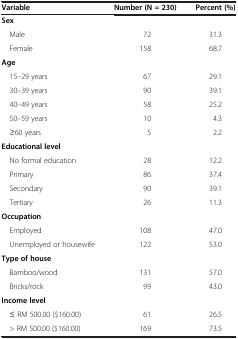
<table><thead><tr><td><b>Variable</b></td><td><b>Number (N = 230)</b></td><td><b>Percent (%)</b></td></tr></thead><tbody><tr><td><b>Sex</b></td><td></td><td></td></tr><tr><td> Male</td><td>72</td><td>31.3</td></tr><tr><td> Female</td><td>158</td><td>68.7</td></tr><tr><td><b>Age</b></td><td></td><td></td></tr><tr><td> 15–29 years</td><td>67</td><td>29.1</td></tr><tr><td> 30–39 years</td><td>90</td><td>39.1</td></tr><tr><td> 40–49 years</td><td>58</td><td>25.2</td></tr><tr><td> 50–59 years</td><td>10</td><td>4.3</td></tr><tr><td> ≥60 years</td><td>5</td><td>2.2</td></tr><tr><td><b>Educational level</b></td><td></td><td></td></tr><tr><td> No formal education</td><td>28</td><td>12.2</td></tr><tr><td> Primary</td><td>86</td><td>37.4</td></tr><tr><td> Secondary</td><td>90</td><td>39.1</td></tr><tr><td> Tertiary</td><td>26</td><td>11.3</td></tr><tr><td><b>Occupation</b></td><td></td><td></td></tr><tr><td> Employed</td><td>108</td><td>47.0</td></tr><tr><td> Unemployed or housewife</td><td>122</td><td>53.0</td></tr><tr><td><b>Type of house</b></td><td></td><td></td></tr><tr><td> Bamboo/wood</td><td>131</td><td>57.0</td></tr><tr><td> Bricks/rock</td><td>99</td><td>43.0</td></tr><tr><td><b>Income level</b></td><td></td><td></td></tr><tr><td> ≤ RM 500.00 ($160.00)</td><td>61</td><td>26.5</td></tr><tr><td> &gt; RM 500.00 ($160.00)</td><td>169</td><td>73.5</td></tr></tbody></table>